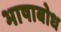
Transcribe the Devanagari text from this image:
भाषाबोध